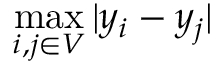
\operatorname* { m a x } _ { i , j \in V } | y _ { i } - y _ { j } |